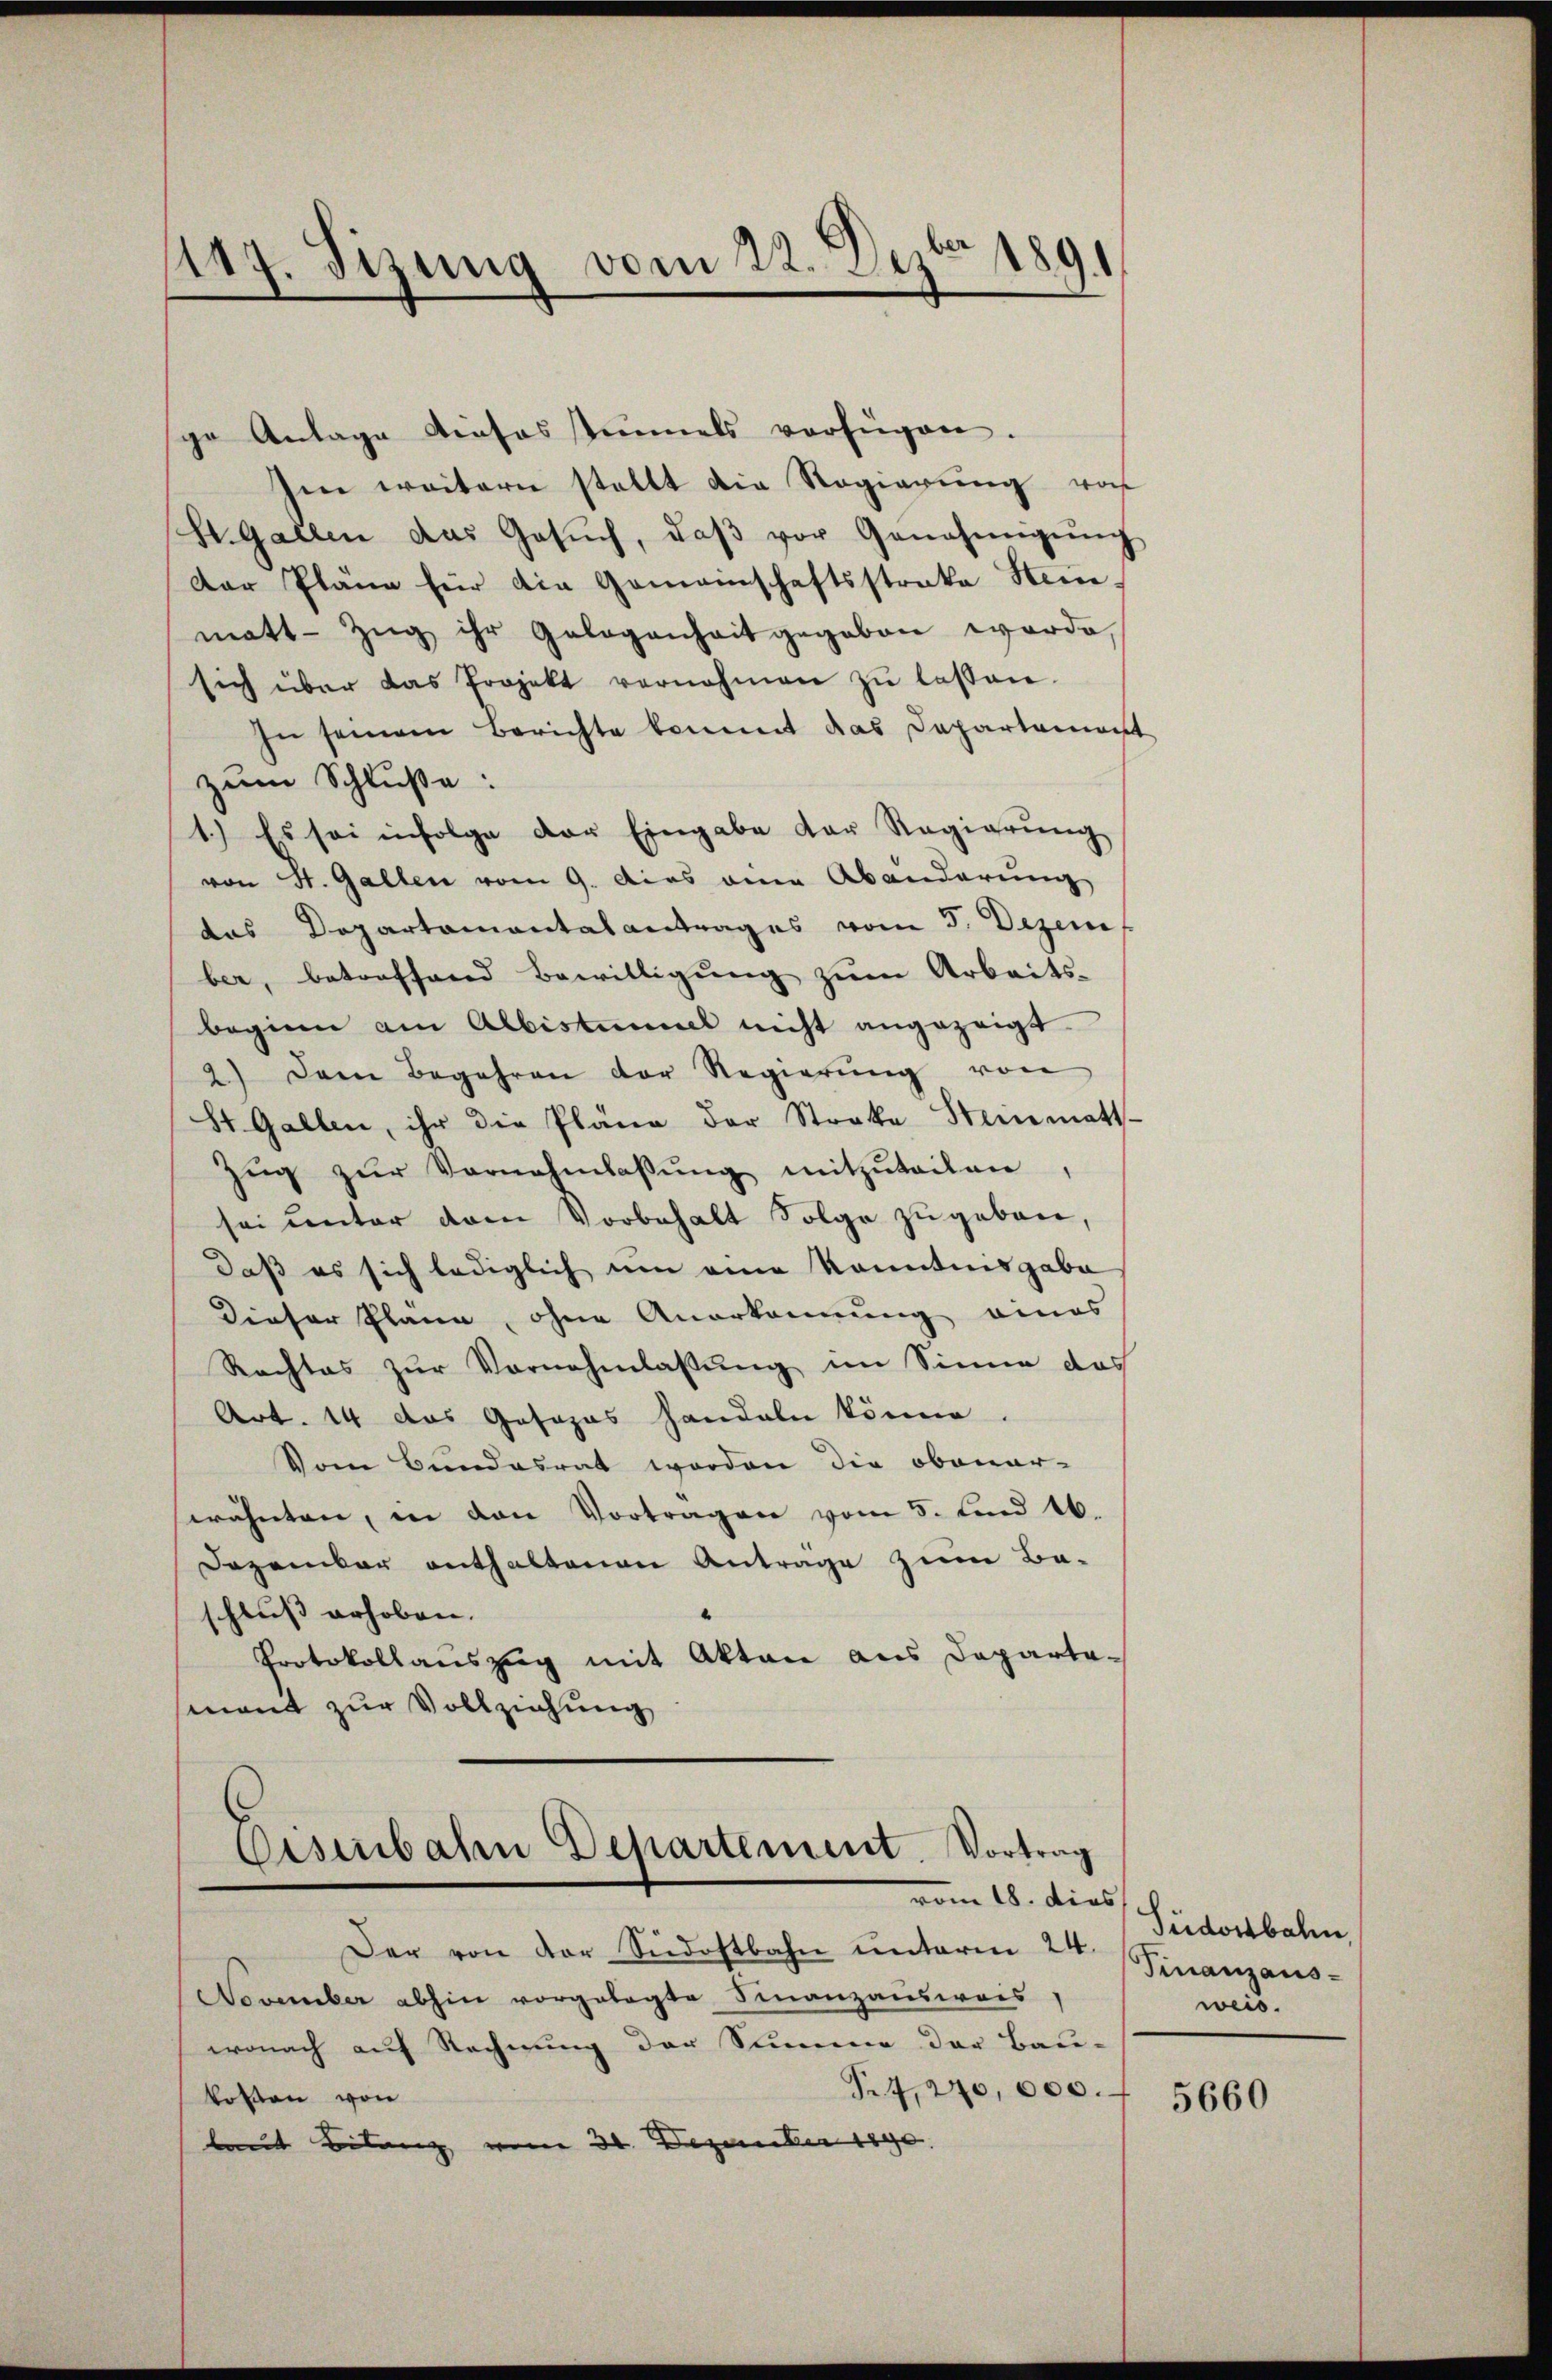
189
1117. Stzung vom 22. Jez

spo Anlage dieses stimmels verfügen.
Im weitern stellt die Regierung von
St. Gallen das Gesŭch, daβ vor Genehmigŭng
Der Pläne für die Gemeinschaftsstrake Stein-
matt. Zŭg ihr Gelegenheit gegeben worde,
sich über das Projekt vernehmen zŭ lassen.
In seinem Berichte kommt das Departement
zum Schluße:
1.) Es sei infolge der Eingabe der Regierung
von St. Gallen vom 9. dies ein Abänderung
das Departamentalantrages vom 5. Dezem
ber, betreffend Bewilligŭng zŭm Arbeits-
beginn am Albistimmel nicht angezeigt.
2.) Dem Begehren der Regierŭng von
St. Gallen, ihr die Pläne der Strakte Steinmatt-
Zŭg zŭr Vornehmlassŭng mitzŭteilen,
sei unter dem Vorbehalt Folge zugeben,
daß es sich lediglich um eine Kenntnisgabe
Dieser Plane, ohne Anerkennung eines
Rechtes zur Vornehmlassung im Sinne das
Art. 14 das Gosozas handeln könne.
Vom Bundesrat worden die obenar-
wähnten, in den Vortragen vom 5. und 16.
Dezember enthaltenen Antrage zum Be-
schluß erhoben.
Protokollauszug mit Akten aus Departamant zur Vollziehung

Eisenbahn Departement. Vortrag
vom 18. dies

Der von der Siedostbahn unterm 24.
November abhin vorgelegte Finanzausweis,
wonach auf Rechnung der Summe der Bau-
Pr7,240,000.
kosten von
laut Bilanz vom 30. Dezember 1890.

Tüdostbahn,
Finanzausweis.

5660